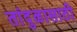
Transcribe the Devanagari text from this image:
तांदुळासाठी